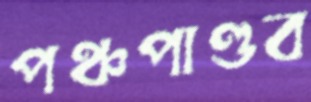
পঞ্চপাণ্ডব